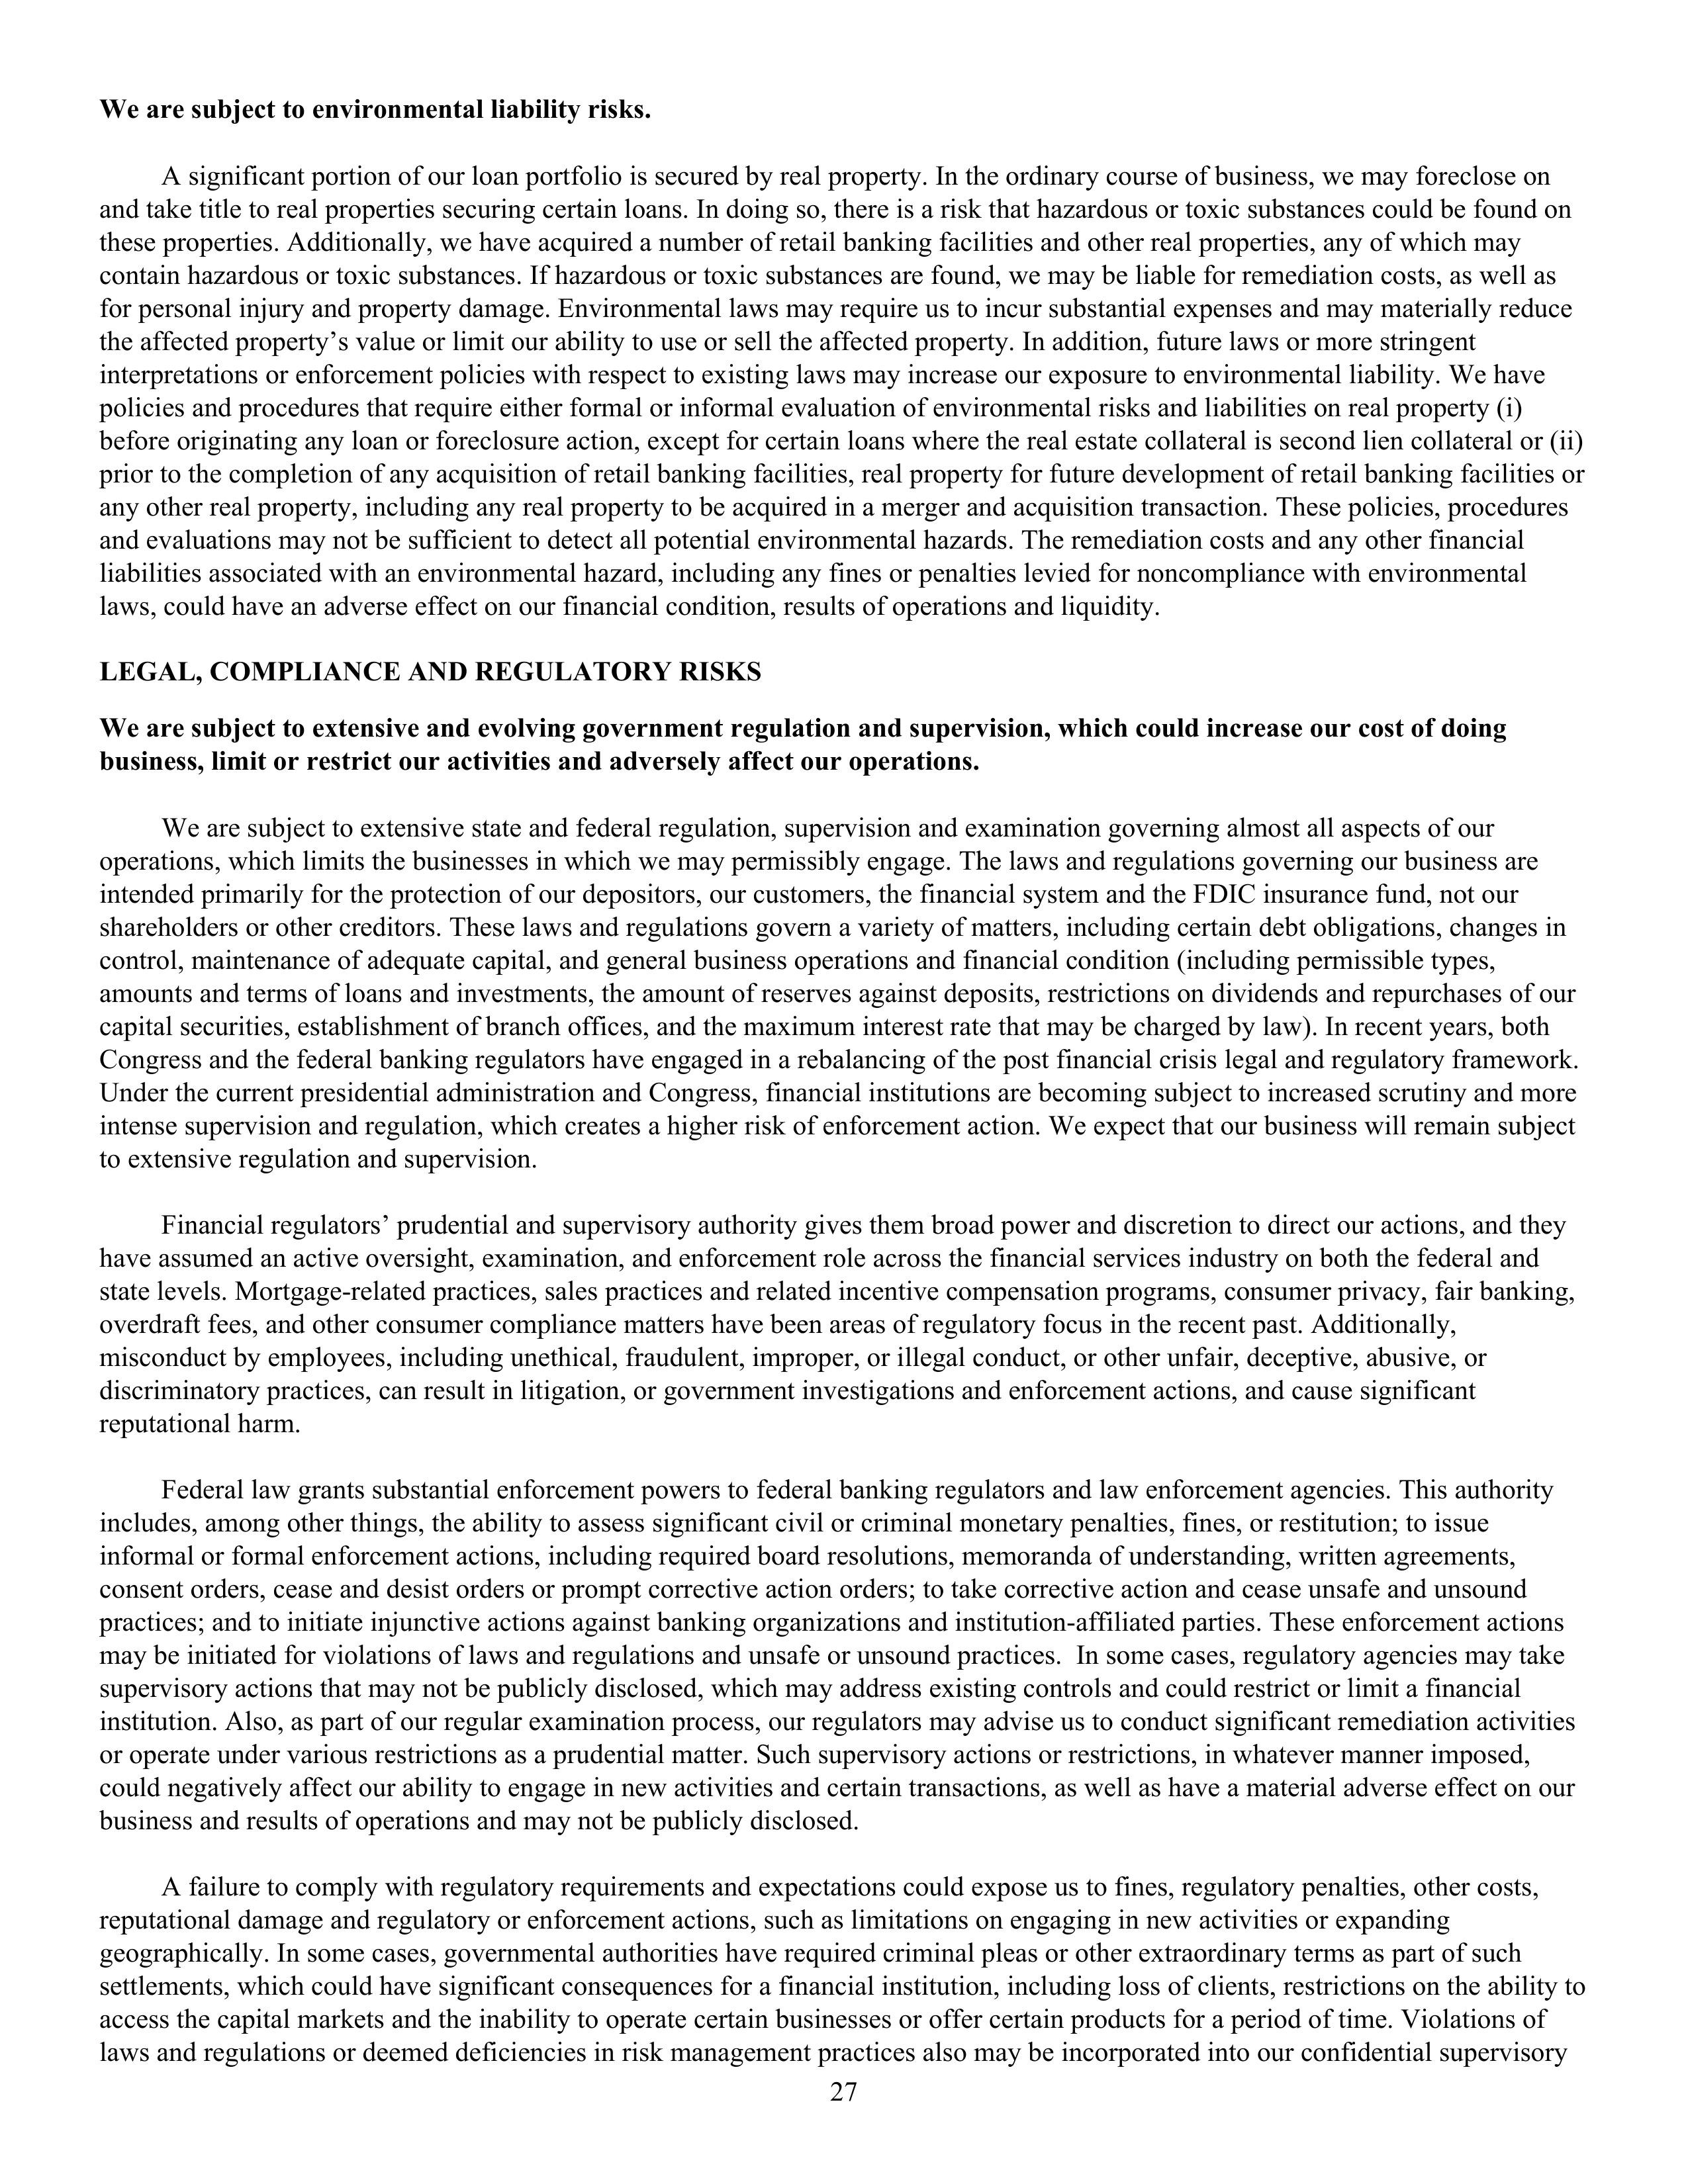
We are subject to environmental liability risks.

A significant portion of our loan portfolio is secured by real property. In the ordinary course of business, we may foreclose on
and take title to real properties securing certain loans. In doing so, there is a risk that hazardous or toxic substances could be found on
these properties. Additionally, we have acquired a number of retail banking facilities and other real properties, any of which may
contain hazardous or toxic substances. If hazardous or toxic substances are found, we may be liable for remediation costs, as well as
for personal injury and property damage. Environmental laws may require us to incur substantial expenses and may materially reduce
the affected property’s value or limit our ability to use or sell the affected property. In addition, future laws or more stringent
interpretations or enforcement policies with respect to existing laws may increase our exposure to environmental liability. We have
policies and procedures that require either formal or informal evaluation of environmental risks and liabilities on real property (i)
before originating any loan or foreclosure action, except for certain loans where the real estate collateral is second lien collateral or (ii)
prior to the completion of any acquisition of retail banking facilities, real property for future development of retail banking facilities or
any other real property, including any real property to be acquired in a merger and acquisition transaction. These policies, procedures
and evaluations may not be sufficient to detect all potential environmental hazards. The remediation costs and any other financial
liabilities associated with an environmental hazard, including any fines or penalties levied for noncompliance with environmental
laws, could have an adverse effect on our financial condition, results of operations and liquidity.

LEGAL, COMPLIANCE AND REGULATORY RISKS

We are subject to extensive and evolving government regulation and supervision, which could increase our cost of doing
business, limit or restrict our activities and adversely affect our operations.

We are subject to extensive state and federal regulation, supervision and examination governing almost all aspects of our
operations, which limits the businesses in which we may permissibly engage. The laws and regulations governing our business are
intended primarily for the protection of our depositors, our customers, the financial system and the FDIC insurance fund, not our
shareholders or other creditors. These laws and regulations govern a variety of matters, including certain debt obligations, changes in
control, maintenance of adequate capital, and general business operations and financial condition (including permissible types,
amounts and terms of loans and investments, the amount of reserves against deposits, restrictions on dividends and repurchases of our
capital securities, establishment of branch offices, and the maximum interest rate that may be charged by law). In recent years, both
Congress and the federal banking regulators have engaged in a rebalancing of the post financial crisis legal and regulatory framework.
Under the current presidential administration and Congress, financial institutions are becoming subject to increased scrutiny and more
intense supervision and regulation, which creates a higher risk of enforcement action. We expect that our business will remain subject
to extensive regulation and supervision.

Financial regulators’ prudential and supervisory authority gives them broad power and discretion to direct our actions, and they
have assumed an active oversight, examination, and enforcement role across the financial services industry on both the federal and
state levels. Mortgage-related practices, sales practices and related incentive compensation programs, consumer privacy, fair banking,
overdraft fees, and other consumer compliance matters have been areas of regulatory focus in the recent past. Additionally,
misconduct by employees, including unethical, fraudulent, improper, or illegal conduct, or other unfair, deceptive, abusive, or
discriminatory practices, can result in litigation, or government investigations and enforcement actions, and cause significant
reputational harm.

Federal law grants substantial enforcement powers to federal banking regulators and law enforcement agencies. This authority
includes, among other things, the ability to assess significant civil or criminal monetary penalties, fines, or restitution; to issue
informal or formal enforcement actions, including required board resolutions, memoranda of understanding, written agreements,
consent orders, cease and desist orders or prompt corrective action orders; to take corrective action and cease unsafe and unsound
practices; and to initiate injunctive actions against banking organizations and institution-affiliated parties. These enforcement actions
may be initiated for violations of laws and regulations and unsafe or unsound practices. In some cases, regulatory agencies may take
supervisory actions that may not be publicly disclosed, which may address existing controls and could restrict or limit a financial
institution. Also, as part of our regular examination process, our regulators may advise us to conduct significant remediation activities
or operate under various restrictions as a prudential matter. Such supervisory actions or restrictions, in whatever manner imposed,
could negatively affect our ability to engage in new activities and certain transactions, as well as have a material adverse effect on our
business and results of operations and may not be publicly disclosed.

A failure to comply with regulatory requirements and expectations could expose us to fines, regulatory penalties, other costs,
reputational damage and regulatory or enforcement actions, such as limitations on engaging in new activities or expanding
geographically. In some cases, governmental authorities have required criminal pleas or other extraordinary terms as part of such
settlements, which could have significant consequences for a financial institution, including loss of clients, restrictions on the ability to
access the capital markets and the inability to operate certain businesses or offer certain products for a period of time. Violations of
laws and regulations or deemed deficiencies in risk management practices also may be incorporated into our confidential supervisory

27